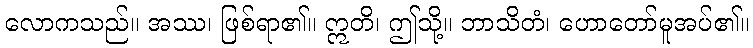
လောကသည်။ အဿ၊ ဖြစ်ရာ၏။ ဣတိ၊ ဤသို့။ ဘာသိတံ၊ ဟောတော်မူအပ်၏။